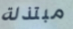
مبتذلة